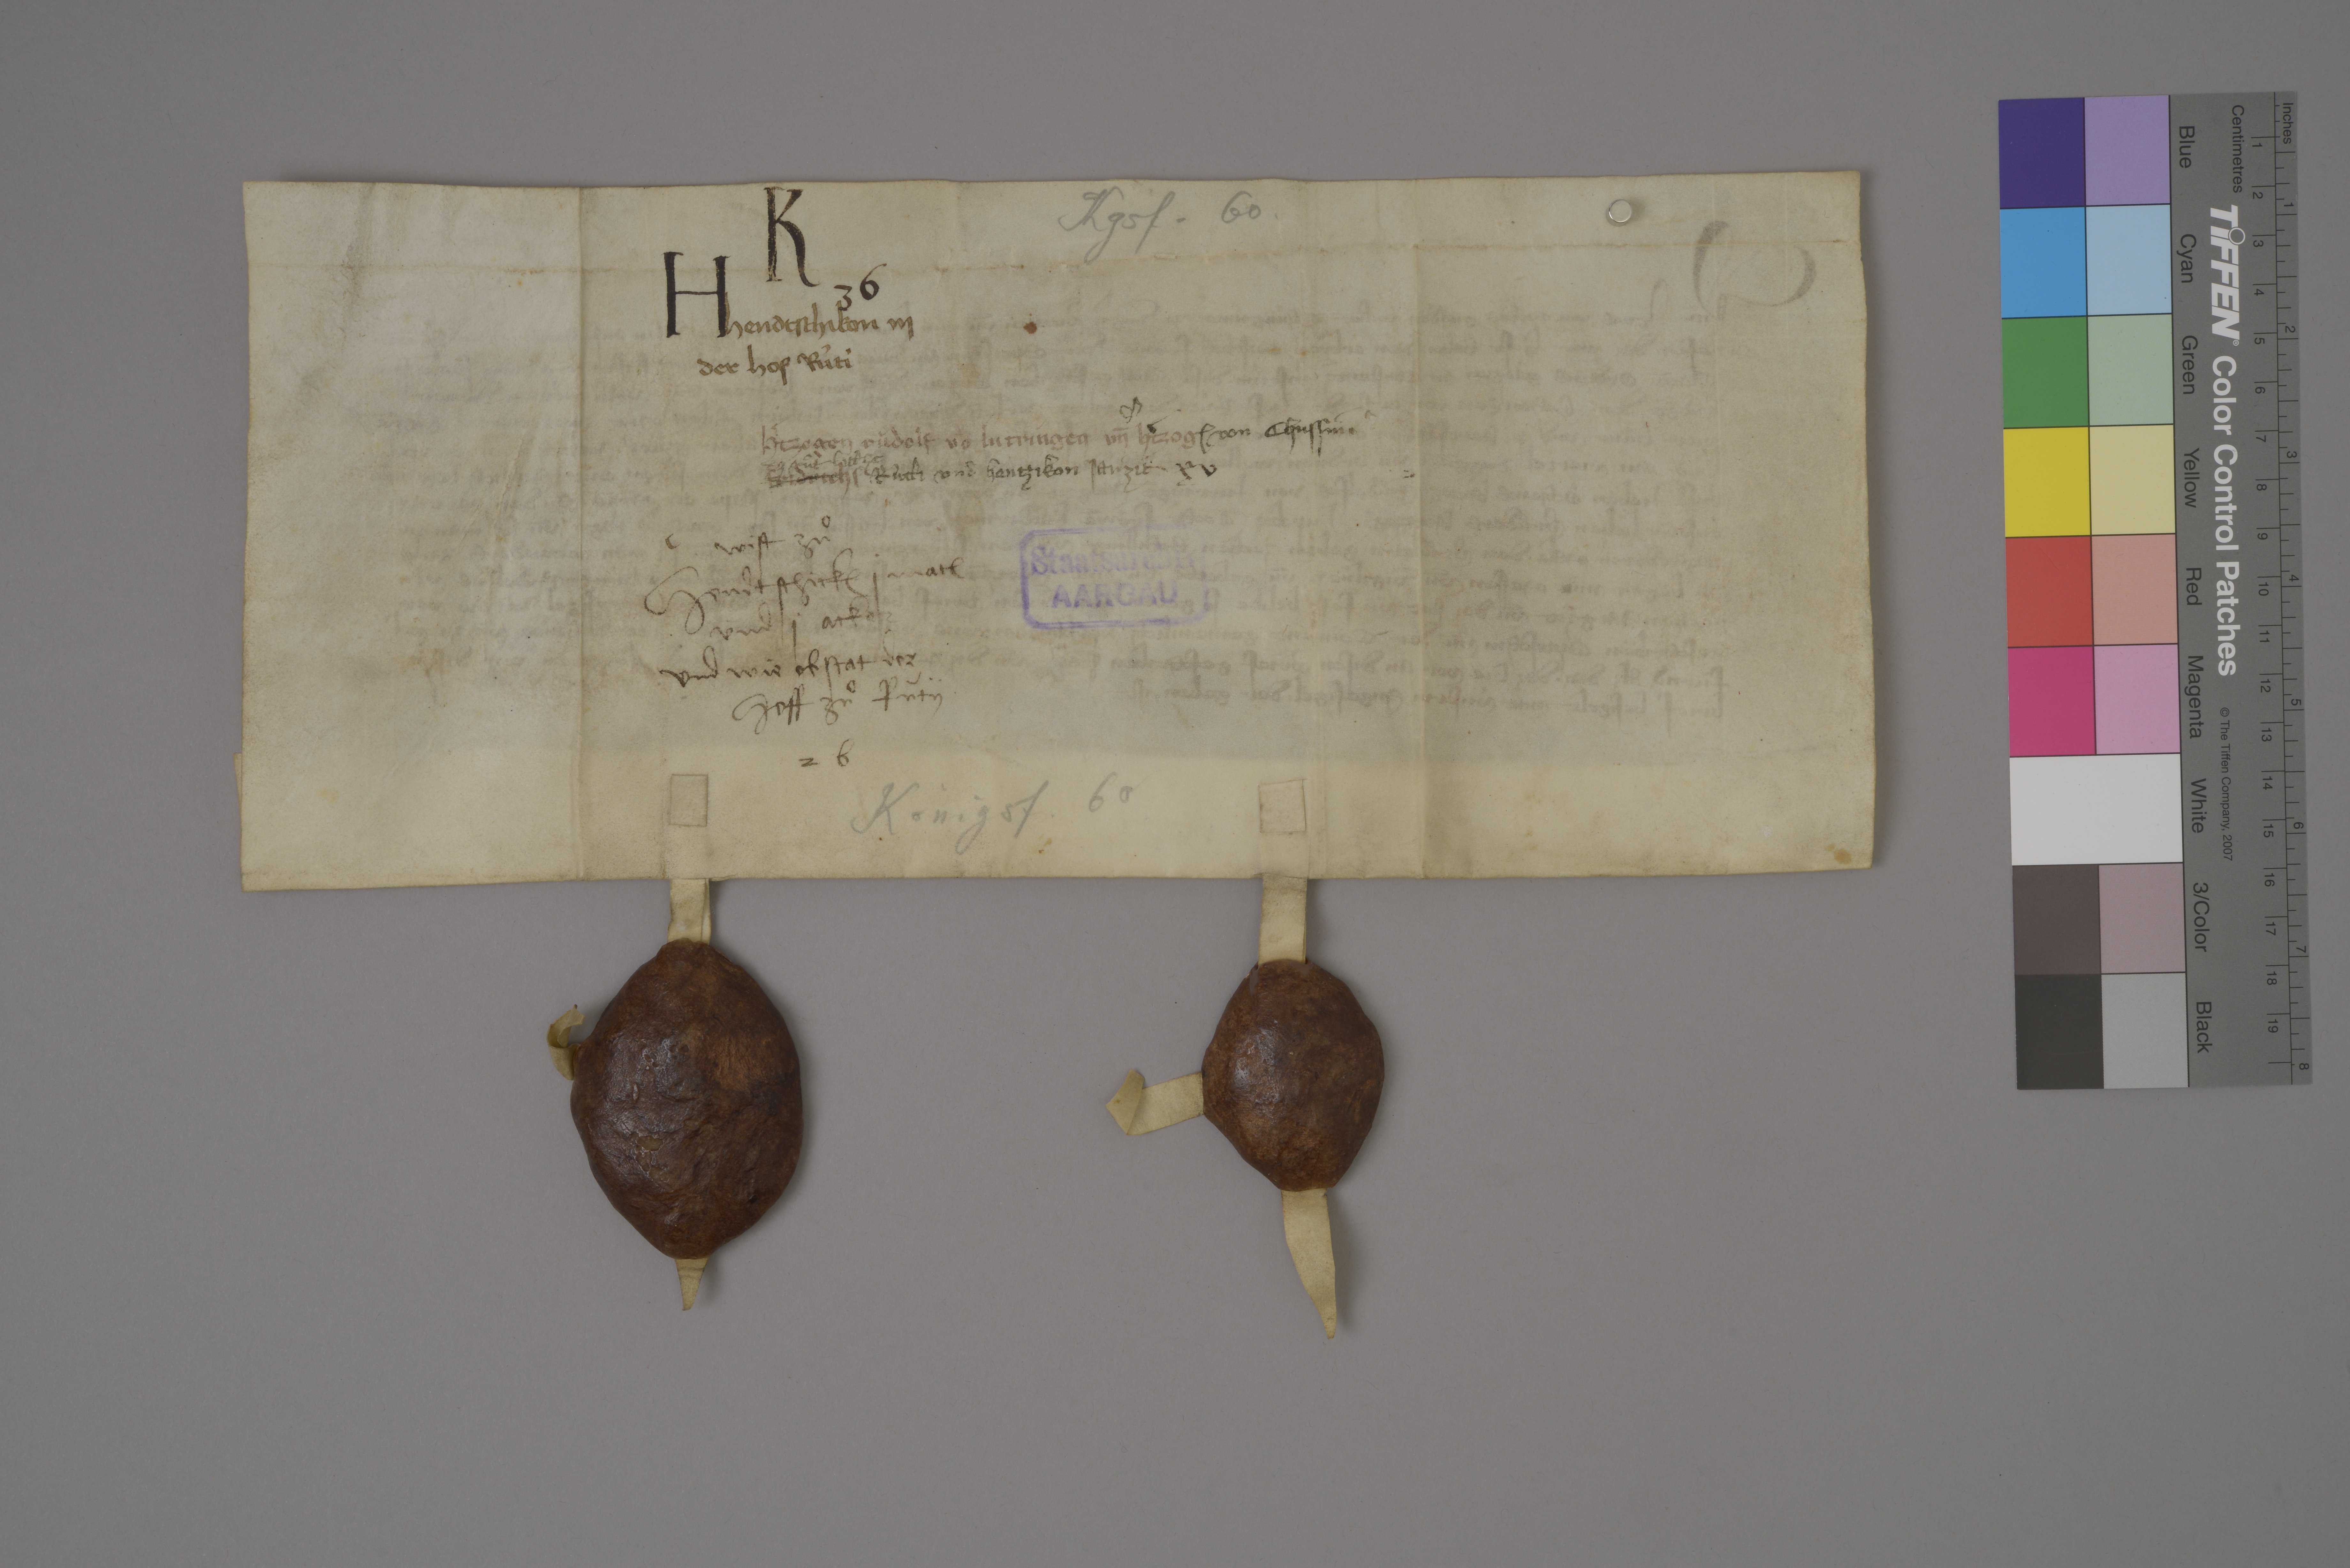
Kgsf. 60

K
H 36

Hendtschikon iij
der hof Rûti

✳

hˀtzogen Ruͦdolf vō Lutringen un̄ hˀtzog₎
Fridrichs

von Chussins
dz guͦt litt ze
Rûtti und Hentzikon jarzit xv

xv

Staatsarchiv
AARGAU

✳

wist zuͦ
Hendtschick₎ j mat₎
und j acker
und wie obstat der
hoff zuͦ Rùty

2 b

Königsf. 60